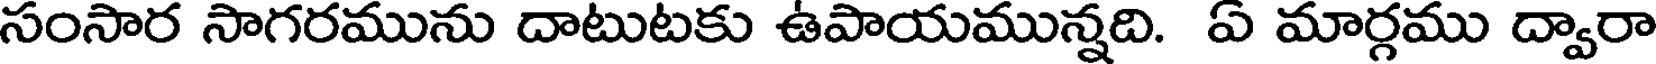
సంసార సాగరమును దాటుటకు ఉపాయమున్నది. ఏ మార్గము ద్వారా